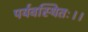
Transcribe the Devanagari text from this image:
पर्यवस्थितः।।